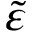
\widetilde { \varepsilon }